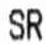
SR